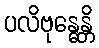
ပလိဗုန္ဓေန္တိ